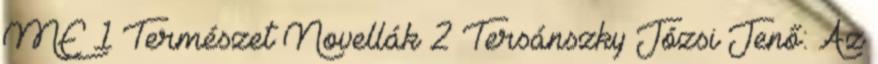
ME 1 Természet Novellák 2 Tersánszky Józsi Jenő: Az